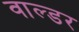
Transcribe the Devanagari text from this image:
वाल्डर